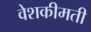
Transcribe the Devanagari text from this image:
वेशकीमती